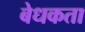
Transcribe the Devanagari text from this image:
बेधकता